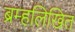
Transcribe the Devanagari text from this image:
ब्रम्हलिखित